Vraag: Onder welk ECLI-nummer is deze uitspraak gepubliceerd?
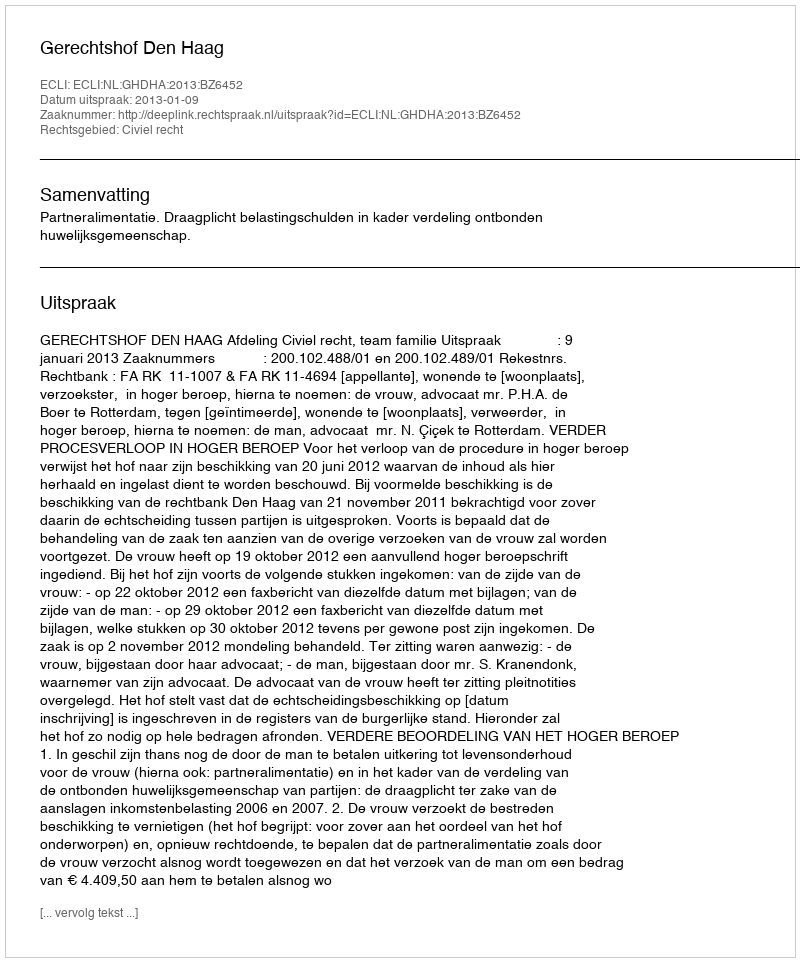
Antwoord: ECLI:NL:GHDHA:2013:BZ6452